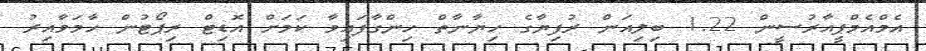
އެމްއެމްޕީއާރުސީން 1.22 ބިލިއަން ރުފިޔާގެ ހިޔާނާތް ހިންގާފައިވާ ކަމަށް އޮޑިޓް ރިޕޯޓުން ހާމަވާއިރު